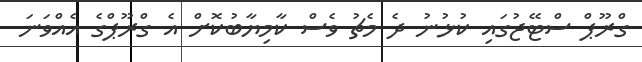
ގްރޫޕް ސްޓޭޖުގައި ކުޅުނު ދެ މެޗު ވެސް ކާމިޔާބުކޮށް އެ ގްރޫޕްގެ އެއްވަނަ